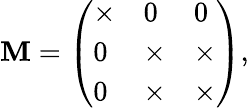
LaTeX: \mathbf{M}=\left(\begin{array}{lll}{\times}&{0}&{0}\\ {0}&{\times}&{\times}\\ {0}&{\times}&{\times}\end{array}\right),